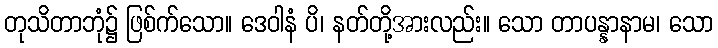
တုသိတာဘုံ၌ ဖြစ်က်သော။ ဒေဝါနံ ပိ၊ နတ်တို့အားလည်း။ သော တာပန္နာနာမ၊ သော